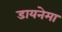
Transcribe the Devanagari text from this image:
डायनेमा